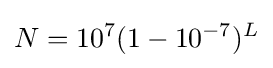
N=10^{7}(1-10^{-7})^{L}